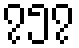
၇၅၇